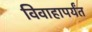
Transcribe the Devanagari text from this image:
विवाहापर्यंत